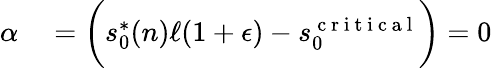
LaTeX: \begin{array}{rl}{\alpha}&{{}=\bigg(s_{0}^{*}(n)\ell(1+\epsilon)-s_{0}^{\mathrm{~c~r~i~t~i~c~a~l~}}\bigg)=0}\end{array}